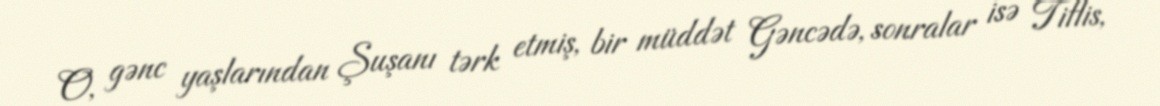
O, gənc yaşlarından Şuşanı tərk etmiş, bir müddət Gəncədə, sonralar isə Tiflis,